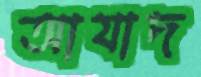
আযাদ